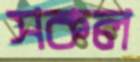
সকল